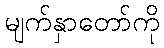
မျက်နှာတော်ကို